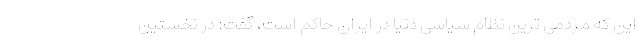
این که مردمی ترین نظام سیاسی دنیا در ایران حاکم است، گفت: در نخستین